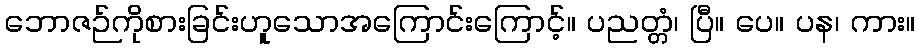
ဘောဇဉ်ကိုစားခြင်းဟူသောအကြောင်းကြောင့်။ ပညတ္တံ၊ ပြီ။ ပေ။ ပန၊ ကား။